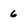
Character: 6